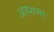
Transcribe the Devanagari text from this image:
अह्शमा